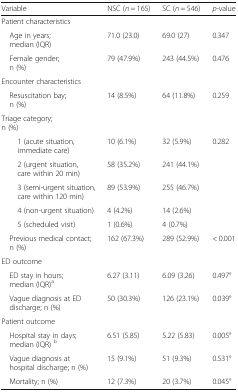
| Variable | NSC (n = 165) | SC (n = 546) | p-value |
 | --- | --- | --- | --- |
 | <COLSPAN=4> Patient characteristics |
 | Age in years; median (IQR) | 71.0 (23.0) | 69.0 (27) | 0.347 |
 | Female gender; n (%) | 79 (47.9%) | 243 (44.5%) | 0.476 |
 | <COLSPAN=4> Encounter characteristics |
 | Resuscitation bay; n (%) | 14 (8.5%) | 64 (11.8%) | 0.259 |
 | <COLSPAN=4> Triage category; n (%) |
 | 1 (acute situation, immediate care) | 10 (6.1%) | 32 (5.9%) | <ROWSPAN=5> 0.282 |
 | 2 (urgent situation, care within 20 min) | 58 (35.2%) | 241 (44.1%) |
 | 3 (semi-urgent situation, care within 120 min) | 89 (53.9%) | 255 (46.7%) |
 | 4 (non-urgent situation) | 4 (4.2%) | 14 (2.6%) |
 | 5 (scheduled visit) | 1 (0.6%) | 4 (0.7%) |
 | Previous medical contact; n (%) | 162 (67.3%) | 289 (52.9%) | < 0.001 |
 | <COLSPAN=4> ED outcome |
 | ED stay in hours; median (IQR)a | 6.27 (3.11) | 6.09 (3.26) | 0.497° |
 | Vague diagnosis at ED discharge; n (%) | 50 (30.3%) | 126 (23.1%) | 0.039° |
 | <COLSPAN=4> Patient outcome |
 | Hospital stay in days; median (IQR) b | 6.51 (5.85) | 5.22 (5.83) | 0.005° |
 | Vague diagnosis at hospital discharge; n (%) | 15 (9.1%) | 51 (9.3%) | 0.531° |
 | Mortality; n (%) | 12 (7.3%) | 20 (3.7%) | 0.045° |